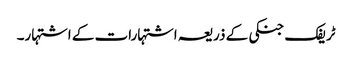
ٹریفک جنکی کے ذریعہ اشتہارات کے اشتہار۔